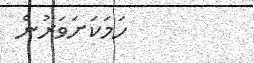
ހަމަކަށަވަރުން